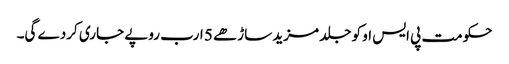
حکومت پی ایس او کو جلد مزید ساڑھے 5 ارب روپے جاری کردے گی۔